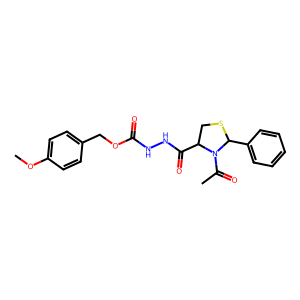
SMILES: COc1ccc(COC(=O)NNC(=O)C2CSC(c3ccccc3)N2C(C)=O)cc1
Inhibits HIV replication: No